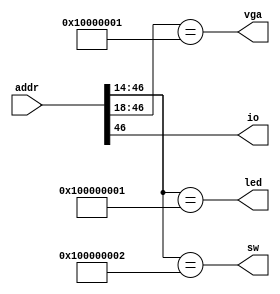
//Raisin64 - Memory Map
module memory_map(
    input[63:0] addr,
    output io,
    output led,
    output sw,
    output vga
    );

    //As physical addresses are sign-extended from the 47th bit,
    //only bits 46:14 really matter

    //Upper-half of the memory map is IO for now
    assign io = addr[46];

    assign led = (addr[46:14] == 33'h100000001);
    assign sw  = (addr[46:14] == 33'h100000002);
    assign vga = (addr[46:18] == 33'h10000001);

endmodule